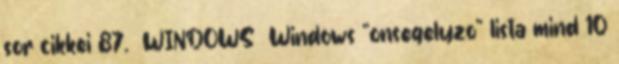
sor cikkei 87. WINDOWS Windows "onsegelyzo" lista mind 10